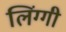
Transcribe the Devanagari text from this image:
लिंग्गी